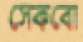
সেকবো